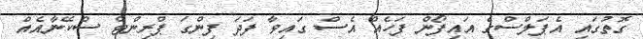
ގޮތުގައި އެޕަލްސްގެ އައިފޯން ފަހެއް އެސް ގައިވާ ފަދަ ފިންގަ ޕްރިންޓް ސްކޭނާއެއް